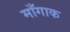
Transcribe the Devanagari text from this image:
माँगाक